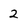
Character: 2